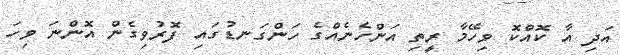
އަދި އާ ކޮއްކޮ ވިހޭމާ ރީތި އަންހެނެއްގެ ހަންގަނޑުގައި ފޮރުވިގެން އޮންނަ ވިހަ